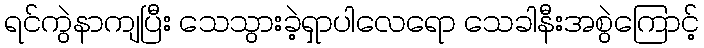
ရင်ကွဲနာကျပြီး သေသွားခဲ့ရှာပါလေရော သေခါနီးအစွဲကြောင့်